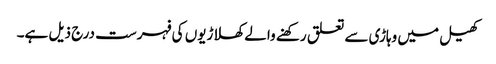
کھیل میں وہاڑی سے تعلق رکھنے والے کھلاڑیوں کی فہرست درج ذیل ہے۔